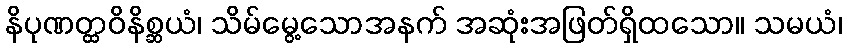
နိပုဏတ္ထဝိနိစ္ဆယံ၊ သိမ်မွေ့သောအနက် အဆုံးအဖြတ်ရှိထသော။ သမယံ၊